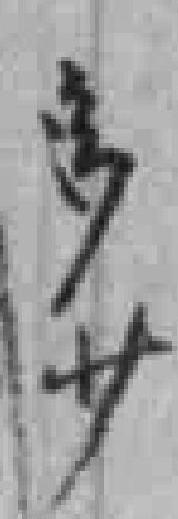
多少